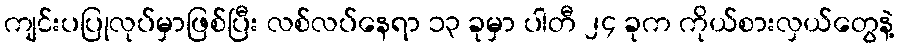
ကျင်းပပြုလုပ်မှာဖြစ်ပြီး လစ်လပ်နေရာ ၁၃ ခုမှာ ပါတီ ၂၄ ခုက ကိုယ်စားလှယ်တွေနဲ့